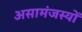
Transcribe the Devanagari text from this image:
असामंजस्यों